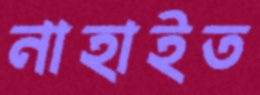
নাহাইত